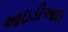
આઇડીઆઇ